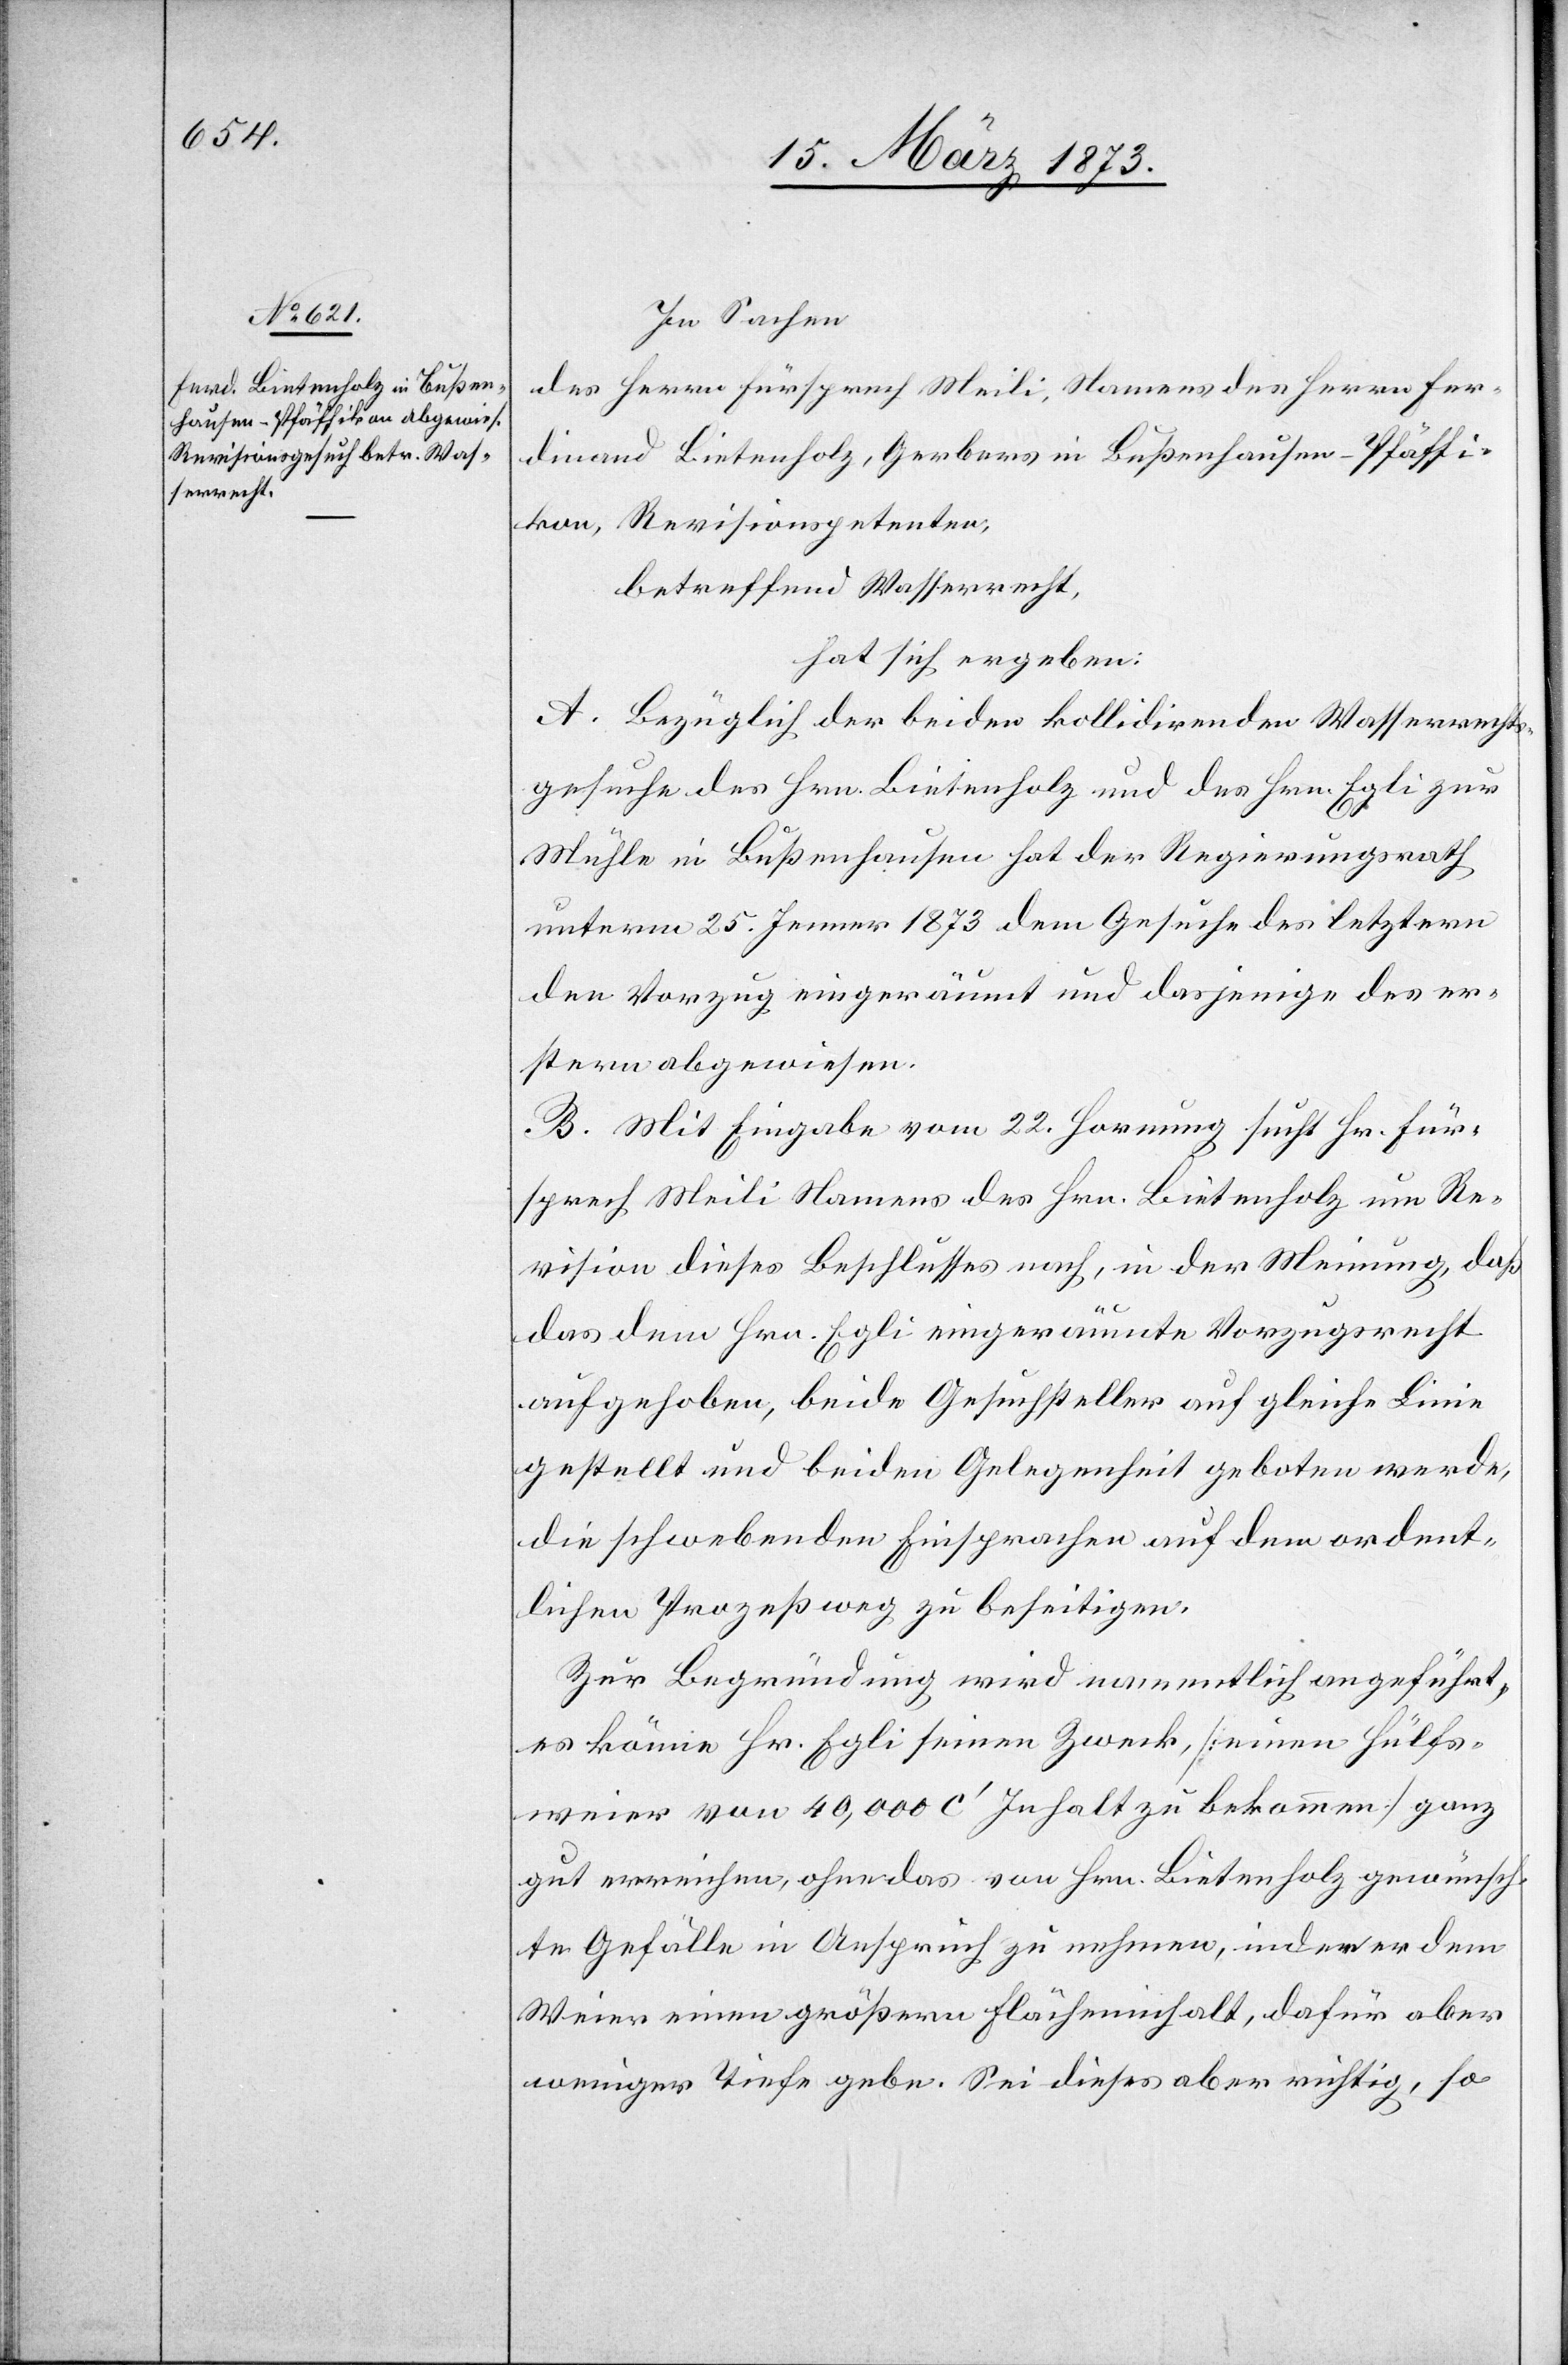
In Sachen
des Herrn Fürsprech Meili, Namens des Herrn Fer¬
dinand Bietenholz, Gerbers in Bußenhausen-Pfäffi¬
kon, Revisionspetenten,
betreffend Wasserrecht,
hat sich ergeben:
A. Bezüglich der beiden kollidirenden Wasserrechts¬
gesuche des Hrn. Bietenholz und des Hrn. Egli zur
Mühle in Bußenhausen hat der Regierungsrath
unterm 25. Jenner 1873 dem Gesuche des letztern
den Vorzug eingeräumt und dasjenige des er¬
stern abgewiesen.
B. Mit Eingabe vom 22. Hornung sucht Hr. Für¬
sprech Meili Namens des Hrn. Bietenholz um Re¬
vision dieses Beschlusses nach, in der Meinung, daß
das dem Hrn. Egli eingeräumte Vorzugsrecht
aufgehoben, beide Gesuchsteller auf gleiche Linie
gestellt und beiden Gelegenheit geboten werde,
die schwebenden Einsprachen auf dem ordent¬
lichen Prozeßweg zu beseitigen.
Zur Begründung wird namentlich angeführt,
es könne Hr. Egli seinen Zweck, [einen Hülfs¬
weier von 40,000 C’ Inhalt zu bekommen] ganz
gut erreichen, ohne das von Hrn. Bietenholz gewünsch¬
te Gefälle in Anspruch zu nehmen, indem er dem
Weier einen größern Flächeninhalt, dafür aber
weniger Tiefe gebe. Sei dieses aber richtig, so